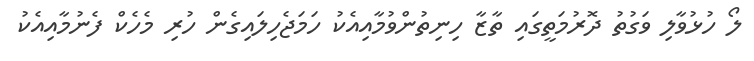
ލޯ ހުޅުވާލި ވަގުތު ދޮރުމަތީގައި ތާޒާ ހިނިތުންވުމާއިއެކު ހަމަޖެހިލައިގެން ހުރި މެހެކް ފެނުމާއިއެކު